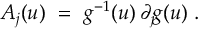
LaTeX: A _ { j } ( u ) ~ = ~ g ^ { - 1 } ( u ) \, \partial _ { j } \! g ( u ) ~ .